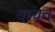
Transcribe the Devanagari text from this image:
वाचव